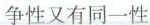
争性又有同一性